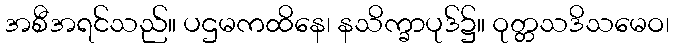
အစီအရင်သည်။ ပဌမကထိနေ၊ နသိက္ခာပုဒ်၌။ ဝုတ္တသဒိသမေဝ၊